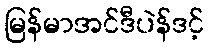
မြန်မာအင်ဒီပဲန်ဒင့်